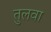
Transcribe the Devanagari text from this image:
तुलवा